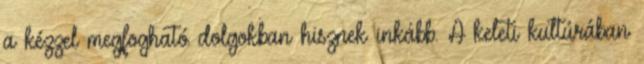
a kézzel megfogható dolgokban hisznek inkább. A keleti kultúrában